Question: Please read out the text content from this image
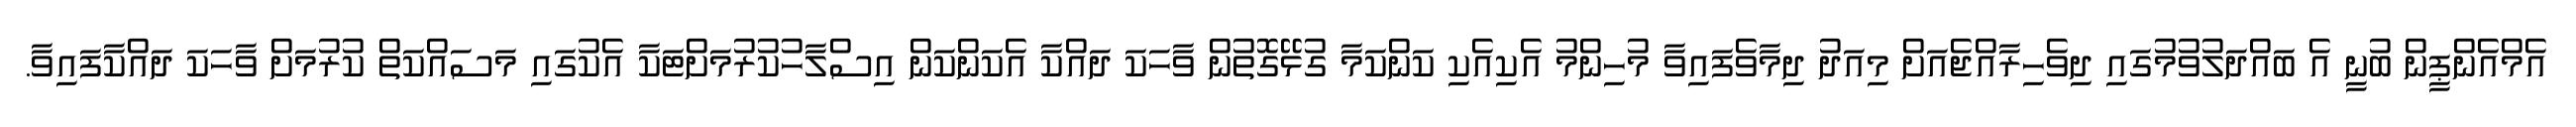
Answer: އެމްއެންޕީން ބުނީ އެ ބައްދަލުވުމުގައި ދިވެހިރާއްޖެއަށް މިއަދު ދިމާވެފައިވާ މުހިންމު އެކިއެކި ކަންކަމާ ގުޅޭގޮތުން ވާހަކަ ދައްކާ އެކަންކަން އިސްލާހުކުރުމަށްޓަކާ އެކުގައި މަސައްކަތް ކުރުމަށް ވާހަކަ ދައްކާފައިވާ.